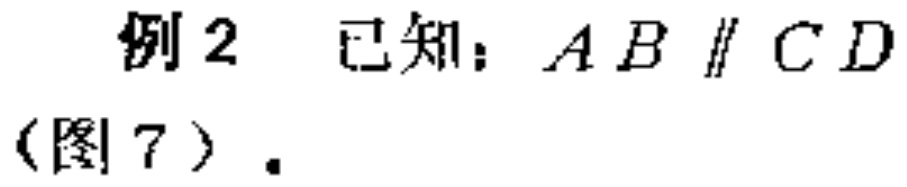
例2 已知：\(AB\parallel CD\)（图7）.